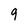
Character: 9